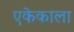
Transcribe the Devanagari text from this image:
एकेकाला